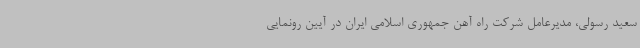
سعید رسولی، مدیرعامل شرکت راه آهن جمهوری اسلامی ایران در آیین رونمایی